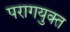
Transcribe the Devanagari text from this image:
परागयुक्त